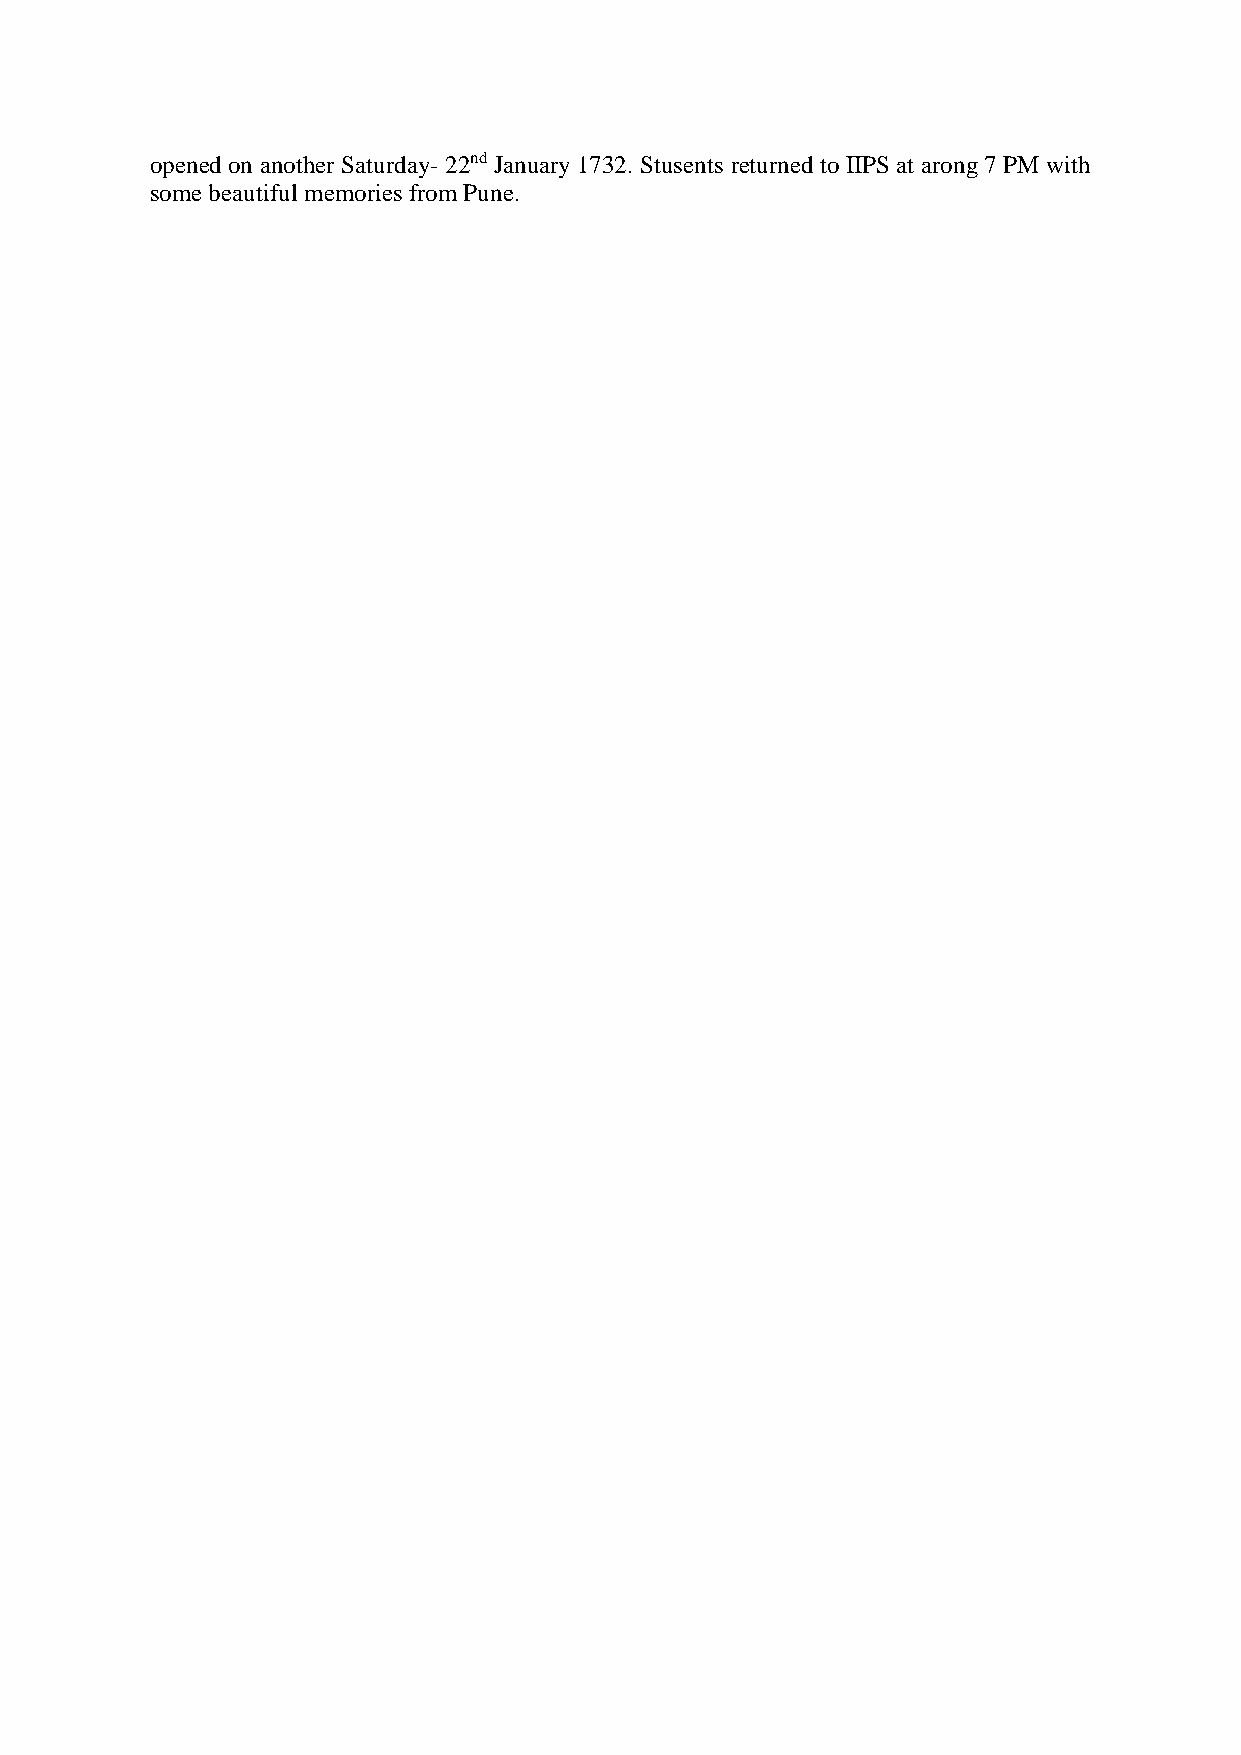
opened on another Saturday- 22nd January 1732. Stusents returned to IIPS at arong 7 PM with
 some beautiful memories from Pune.